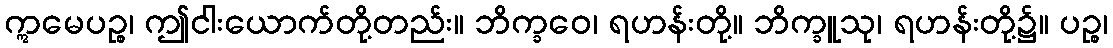
ဣမေပဉ္စ၊ ဤငါးယောက်တို့တည်း။ ဘိက္ခဝေ၊ ရဟန်းတို့။ ဘိက္ခူသု၊ ရဟန်းတို့၌။ ပဉ္စ၊